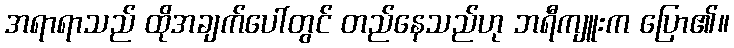
အရာရာသည် ထိုအချက်ပေါ်တွင် တည်နေသည်ဟု ဘရီကျူးက ပြော၏။